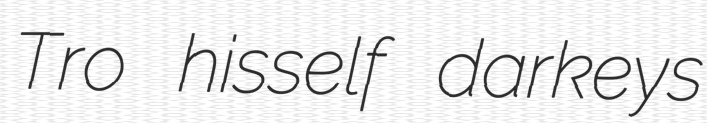
Tro hisself darkeys